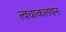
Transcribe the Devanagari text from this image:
त्वचाकलयन